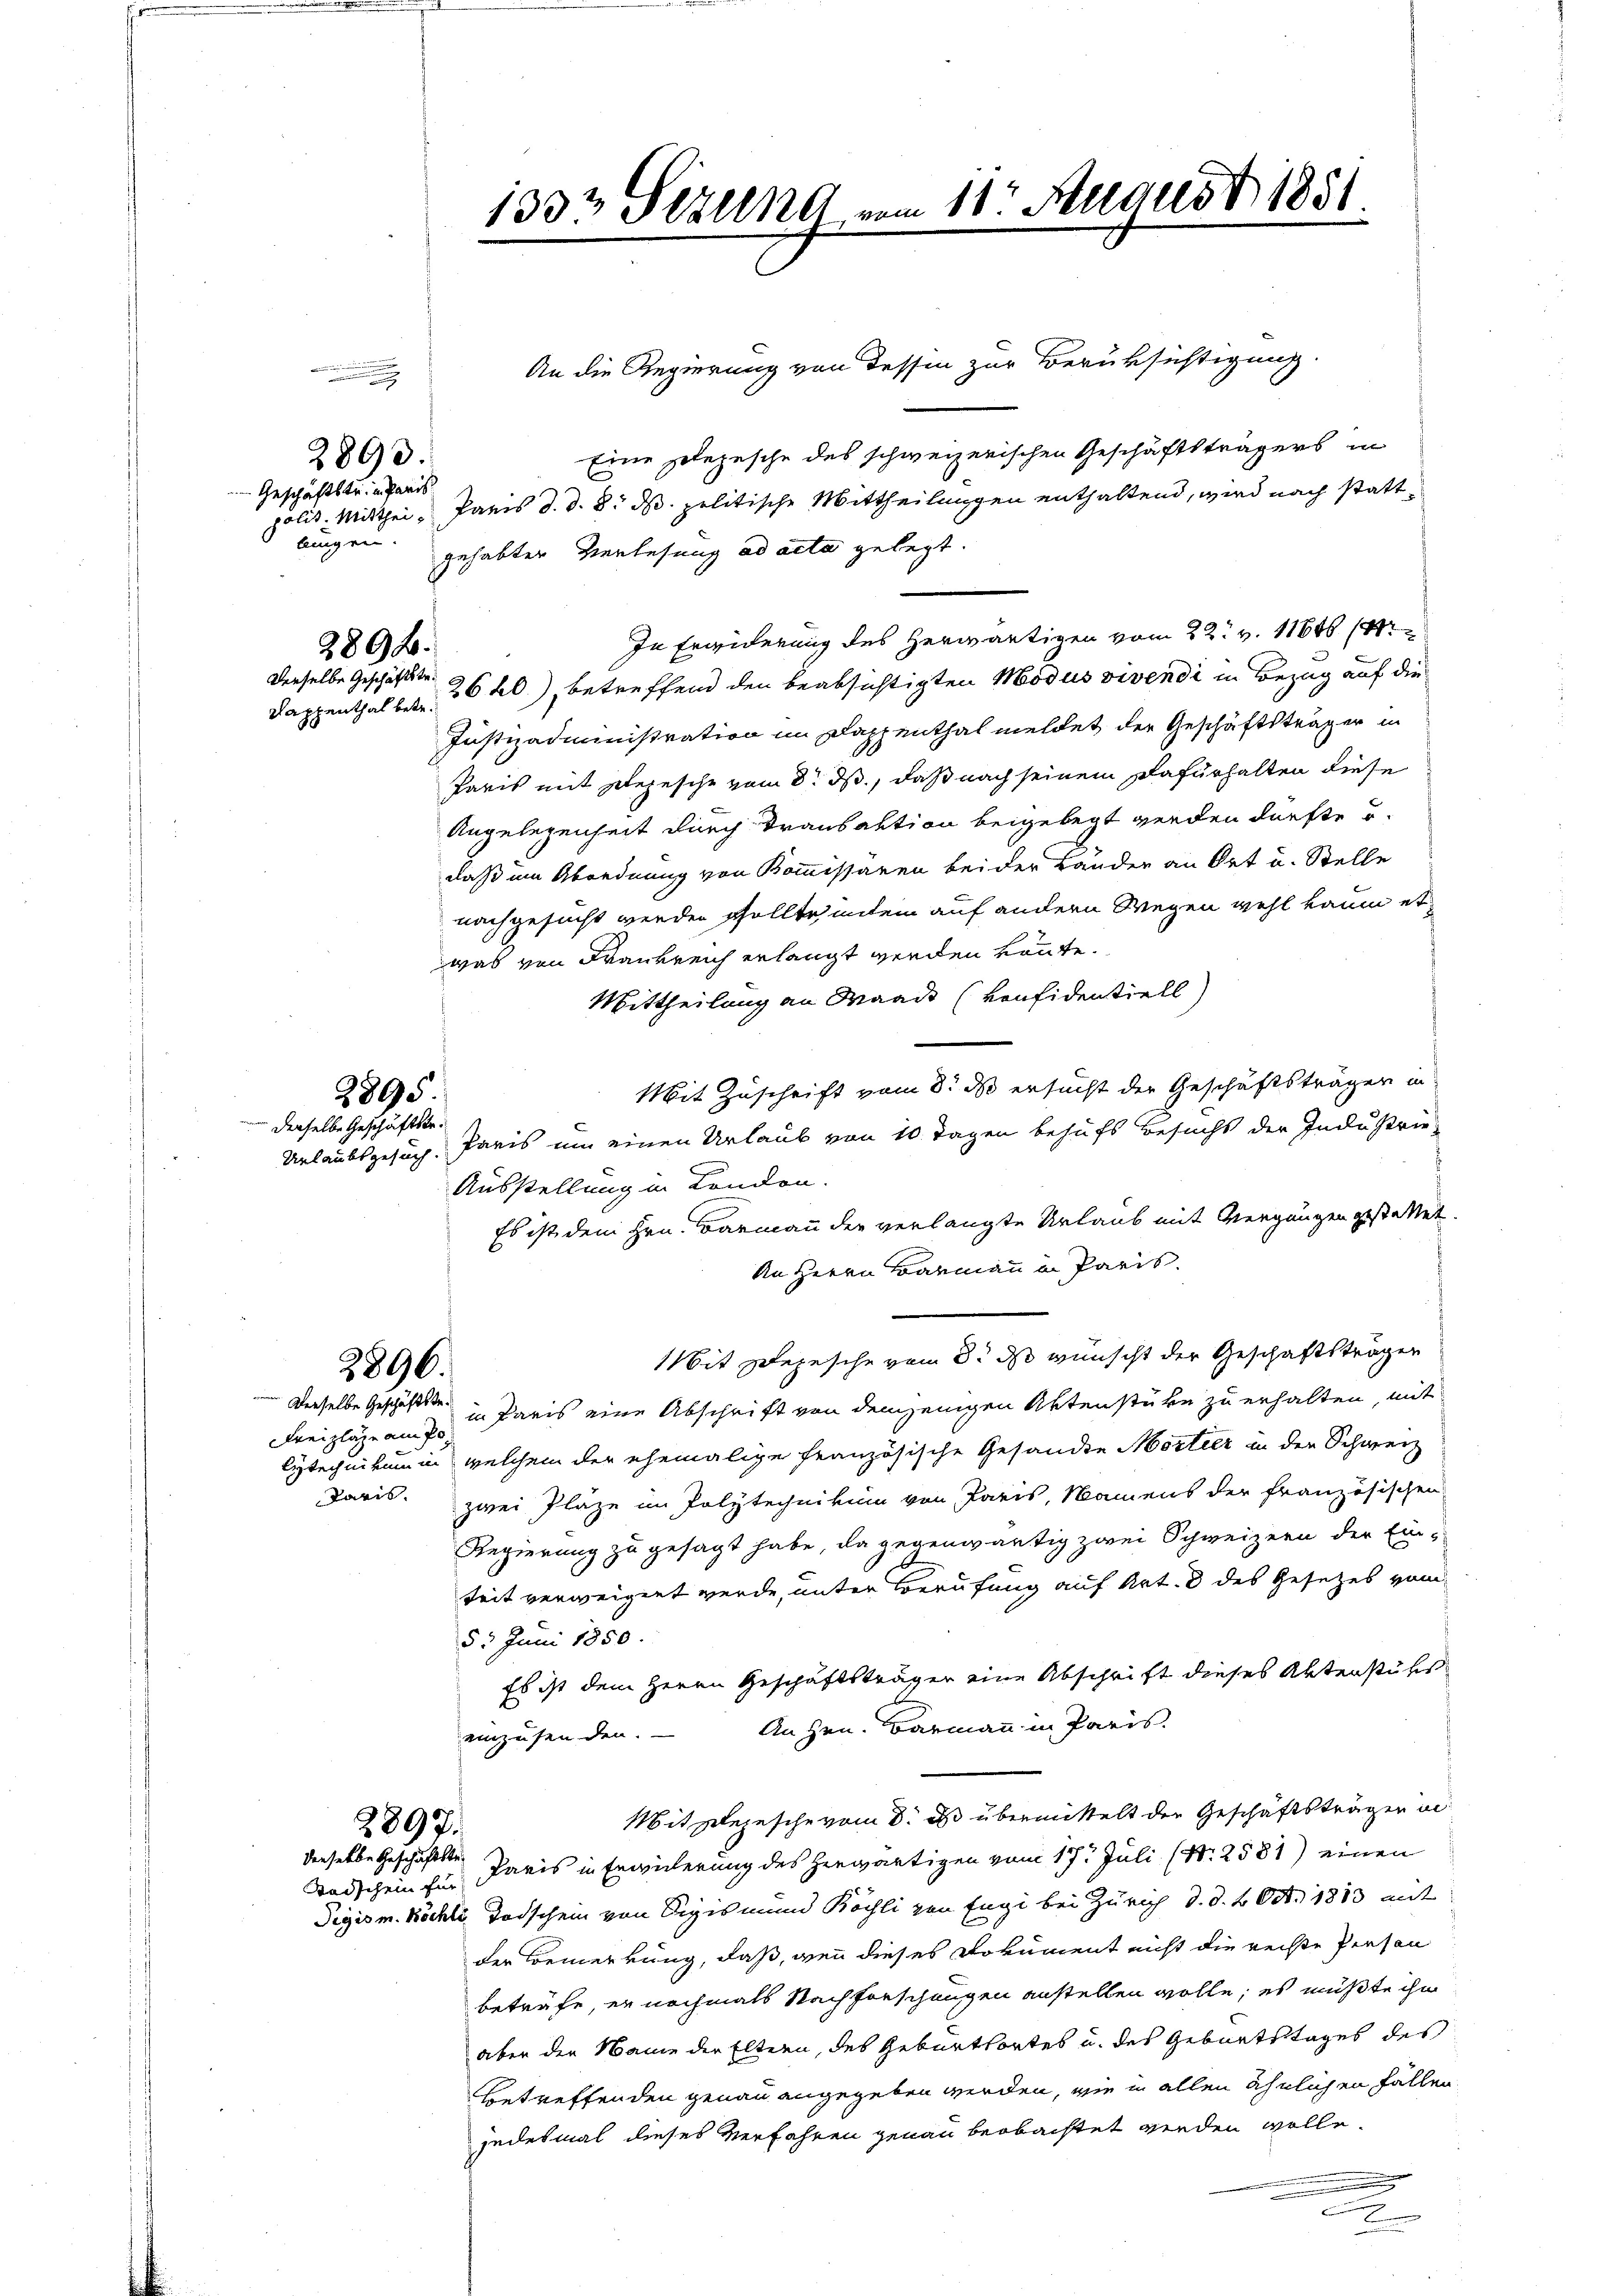
Geschäftstein Paris
lungen.

2893.

2892.
Rappenthal betr.

2895
 derselbe Geschäftstr.

Freizlage am Po

.

An die Regierung von dessen zur Berüksichtigung
Eine polezesche des schweizerischen Geschäftsträgers in
polit. Mitthei , Paris d. d. 8. ds. politische Mittheilungen enthaltend, wird nach stattgehabter Verlesung ad acta gelegt.
In Erwiderung des herwärtigen vom 22. v. 11646 (1
derselbe Geschäft 26 f.) betreffend den beabsichtigten Modus vivendi in Bezug auf die
Justizadministration im Dappenthal meldet der Geschäftsträger in
Paris mit Depesche vom 8. ds., daß nach seinem Dafürhalten diese
Angelegenheit durch Transaktion beigelegt werden dürfte u.
daß um Abordnung von Kommissären bei der Länder an Ort u. Stelle
nachgesucht werden sollte, indem auf andern Wegen wohl kaum etwas von Frankreich erlangt werden könnte.
Mittheilung an Maads (vonfidentiell
Mit Zuschrift vom 8. ds ersucht der Geschäftsträger in
Unlaubsgesuch. Paris um einen Urlaub von 10 Tagen behufs Besucht der Industrie-
Ausstellung in London.
Es ist dem Hrn. Barmann der verlangte Urlaub mit Vergnügen gestattet.
An Herrn Barmann in Paris.
Mit Zepesche vom 8. ds wünscht der Geschäftsträgen
Derselbe Geschäfte Paris eine Abschrift von demjenigen Aktenstüke zu erhalten, mit
lytechnikum in welchem der ehemalige Französische Gesandte Mortier in den Schweiz
Paris. zwei Pläze im Polytechnikum von Paris, Namens der französischen
Regierung zu gesagt habe, da gegenwärtig zwei Schweizern der Einteit verweigert werde, unter Berufung auf Art. 8 des Gesetzes vom
53 Juni 1850.
Es ist dem Herrn Geschäftsträger eine Abschrift dieses Aktenstüks
einzusenden. — An Hrn. Barmann in Preis¬
Mit Depesche vom 8. ds übermittelt der Geschäftsträger un
Todschein zur Paris in Erwicherung des herwärtigen vom 17. Juli (N. 2581) einen
Pigism. Köchli Todschein von Sigismund Köchli von Engi bei Zürich d. d. 4 Okt. 1883 mit
der Bemerkung, daß, wenn dieses Dokument nicht die rechte Person
beträfe, er nochmals Nachforschungen anstellen wolle; es müßte ihn
aber den Name der Eltern, des Geburtsortes u. des Geburtstages des
Betreffenden genau angegeben werden, wie in allen ähnlichen Fällen
jedesmal dieses Verfahren genau beobachtet werden wolle.
e

2896.

2897.
derselbe Geschäftste¬

1333 Stzung vom 11. August 1851